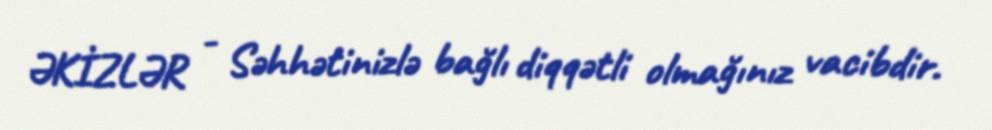
ƏKİZLƏR - Səhhətinizlə bağlı diqqətli olmağınız vacibdir.